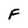
Character: F